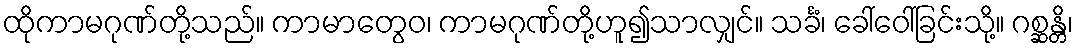
ထိုကာမဂုဏ်တို့သည်။ ကာမာတွေဝ၊ ကာမဂုဏ်တို့ဟူ၍သာလျှင်။ သင်္ခံ၊ ခေါ်ဝေါ်ခြင်းသို့။ ဂစ္ဆန္တိ၊